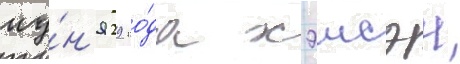
иу́н'я 29 го́да хэисэи